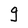
Character: g